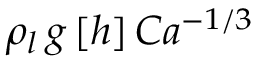
\rho _ { l } \, g \, [ h ] \, C a ^ { - 1 / 3 }